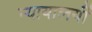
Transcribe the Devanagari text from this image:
न्यायालयोंं